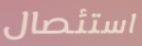
استئصال